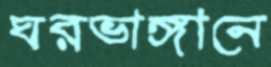
ঘরভাঙ্গানে